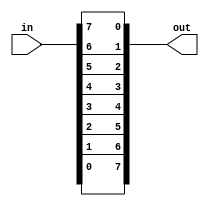
// This program was cloned from: https://github.com/matthlud/HDLBits
// License: Apache License 2.0

module top_module( 
    input [7:0] in,
    output [7:0] out
);
    
    assign out = {in[0], in[1], in[2], in[3], in[4], in[5], in[6], in[7]};

endmodule